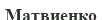
Матвиенко